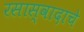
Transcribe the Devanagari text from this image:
रसास्वादाचे